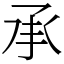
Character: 承